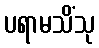
ပရာမသိံသု